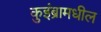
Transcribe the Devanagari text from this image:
कुइंब्रामधील